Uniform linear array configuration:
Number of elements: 24
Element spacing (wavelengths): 1
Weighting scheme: cosine
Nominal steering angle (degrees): -15
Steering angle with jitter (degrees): -14.785
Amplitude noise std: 0.05
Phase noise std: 0.05

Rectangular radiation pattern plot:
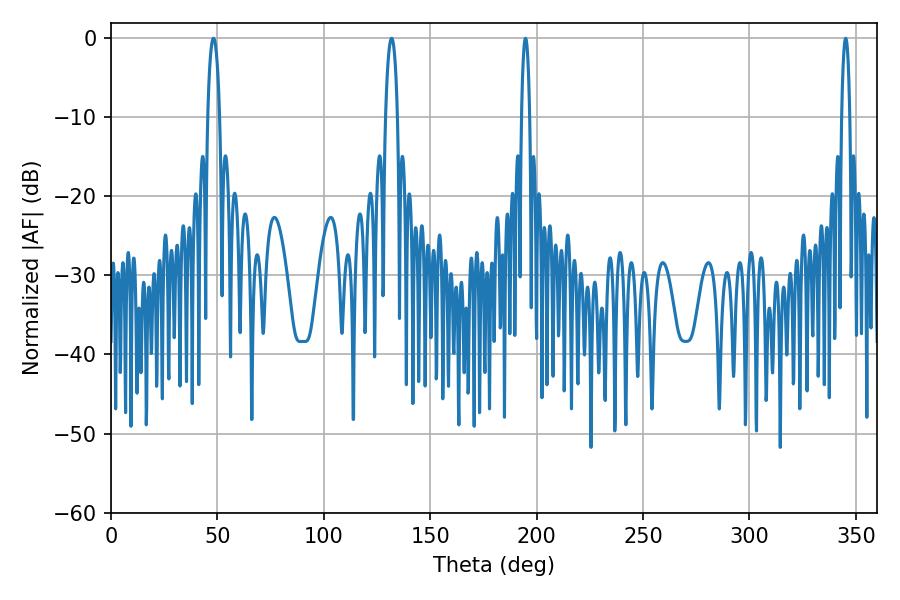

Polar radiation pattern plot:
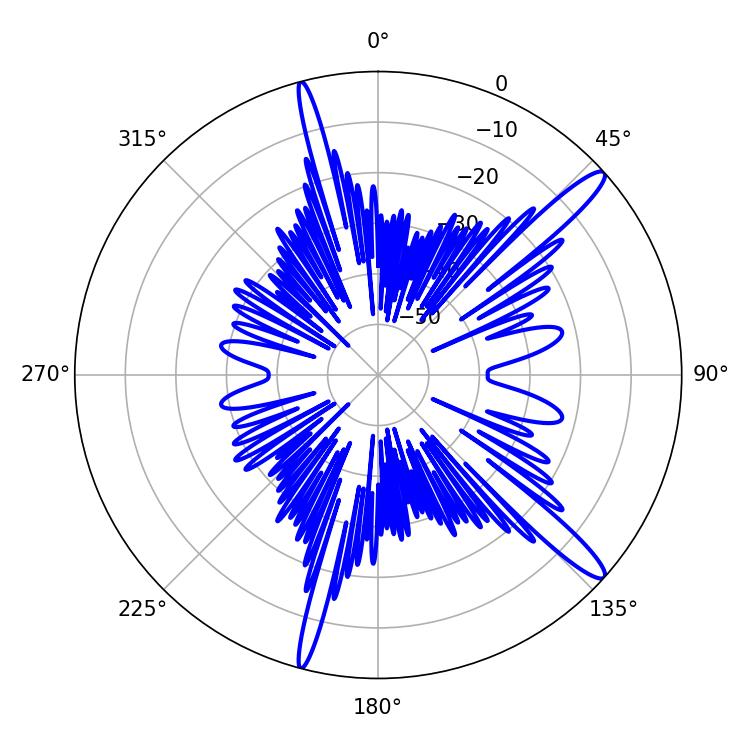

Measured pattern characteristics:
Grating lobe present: TRUE
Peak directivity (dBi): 14.453
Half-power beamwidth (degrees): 2.16
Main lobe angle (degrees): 194.76